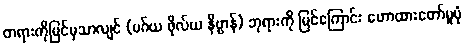
တရားကိုမြင်မှသာလျင် (မဂ်ယ ဖိုလ်ယ နိဗ္ဗာန်) ဘုရားကို မြင်ကြောင်း ဟောထားတော်မူပုံ